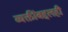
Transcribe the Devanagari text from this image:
व्यक्तींबद्दलही